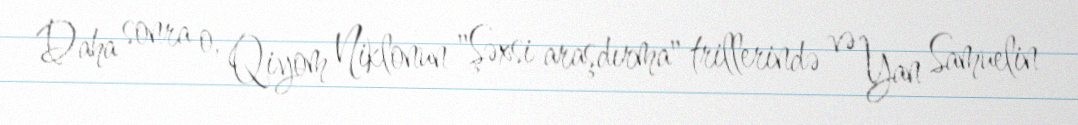
Daha sonra o, Qiyom Niklonun "Şəxsi araşdırma" trillerində və Yan Samuelin